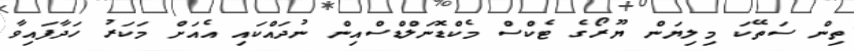
ތިން ސަތޭކަ މިލިޔަން ޔޫރޯގެ ޓެކްސް މެކްޑޮނަލްޑްސްއިން ނުދައްކައި އެއަށް މަކަރު ހަދާފައިވާ